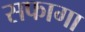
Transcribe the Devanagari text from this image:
सफागा